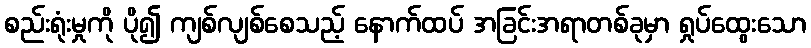
စည်းရုံးမှုကို ပို၍ ကျစ်လျစ်စေသည့် နောက်ထပ် အခြင်းအရာတစ်ခုမှာ ရှုပ်ထွေးသော